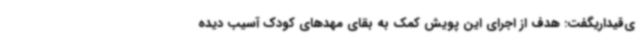
ی‌قیداریگفت: هدف از اجرای این پویش کمک به بقای مهدهای کودک آسیب دیده